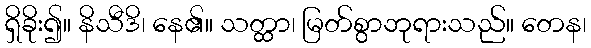
ရှိခိုး၍။ နိသီဒိ၊ နေ၏။ သတ္ထာ၊ မြတ်စွာဘုရားသည်။ တေန၊